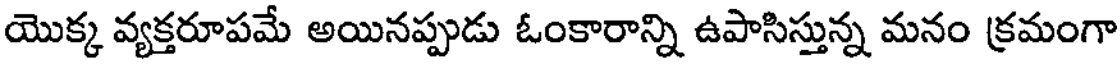
యొక్క వ్యక్తరూపమే అయినప్పుడు ఓంకారాన్ని ఉపాసిస్తున్న మనం క్రమంగా